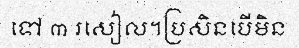
ទៅ ៣ រសៀល។ប្រសិនបើមិន